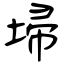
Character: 埽